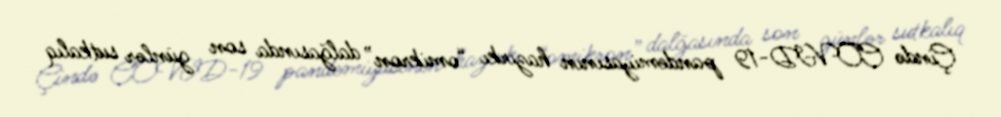
Çində COVID-19 pandemiyasının hazırkı “omikron” dalğasında son günlər sutkalıq